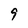
Character: 9